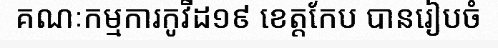
គណៈកម្មការកូវីដ១៩ ខេត្តកែប បានរៀបចំ